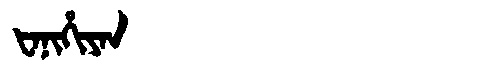
Manchu: ᡶᠠᠨᡳᡥᡳᠶᠠᠨ
Romanization: FANIHIYAN